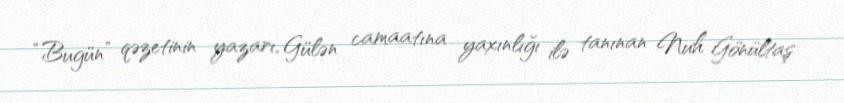
“Bugün” qəzetinin yazarı, Gülən camaatına yaxınlığı ilə tanınan Nuh Gönültaş